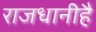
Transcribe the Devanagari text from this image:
राजधानीहै